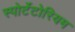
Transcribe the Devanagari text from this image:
स्पोर्टेटोरियम